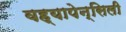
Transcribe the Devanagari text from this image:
वह्यापेन्सिली